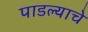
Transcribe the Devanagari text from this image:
पाडल्याचे